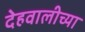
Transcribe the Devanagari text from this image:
देहवालीच्या